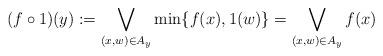
LaTeX: \begin{align*}(f \circ 1)(y): = \bigvee\limits_{(x,w) \in {A_y}} {\min \{ f(x),1(w)\}=\bigvee\limits_{(x,w) \in {A_y}}f(x)}\end{align*}